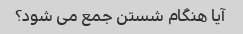
آیا هنگام شستن جمع می شود؟